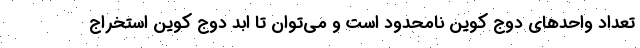
تعداد واحدهای دوج کوین نامحدود است و می‌توان تا ابد دوج کوین استخراج